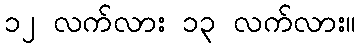
၁၂ လက်လား ၁၃ လက်လား။